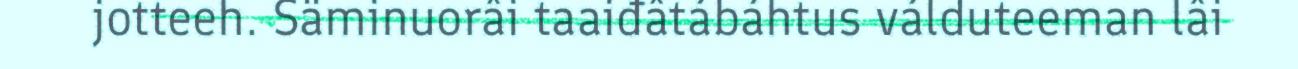
jotteeh. Säminuorâi taaiđâtábáhtus válduteeman lâi